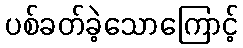
ပစ်ခတ်ခဲ့သောကြောင့်